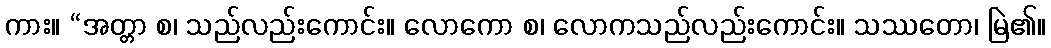
ကား။ “အတ္တာ စ၊ သည်လည်းကောင်း။ လောကော စ၊ လောကသည်လည်းကောင်း။ သဿတော၊ မြဲ၏။